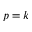
p = k